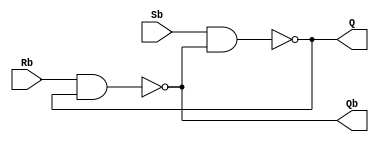
module Lab3_SbRb_Latch_gatelevel(input Sb, Rb, output Q, Qb);

	nand	#5	LS(Q, Sb, Qb);
	nand	#5	LR(Qb, Rb, Q);

endmodule